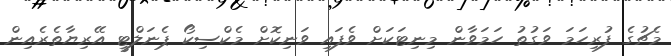
މެޗުގެ ފުރިހަމަ ވަގުތު ހަމަވާން މިނިޓަކަށް ވެފައި ވަނިކޮށް މެކްސިކޯ ޕެނަލްޓީ އޭރިޔާތެރެއިން